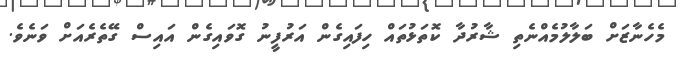
މެހެނާޒަށް ބަލާލުމެއްނެތި ޝާރުދާ ކޮތަޅުތައް ހިފައިގެން އަރުފީނު ގޮވައިގެން އައިސް ގޭތެރެއަށް ވަނެވެ.